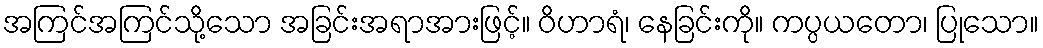
အကြင်အကြင်သို့သော အခြင်းအရာအားဖြင့်။ ဝိဟာရံ၊ နေခြင်းကို။ ကပ္ပယတော၊ ပြုသော။